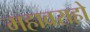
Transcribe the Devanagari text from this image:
महावराहो